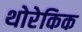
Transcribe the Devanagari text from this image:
थोरेकिक